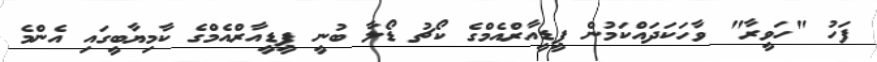
ފަހު "ހަވީރާ" ވާހަކަދައްކަމުން ޕީޑީއާރްއެމްގެ ކޯޗު ޑޯލާ ބުނީ ޕީޑީއާރްއެމްގެ ކާމިޔާބީގައި އެންމެ